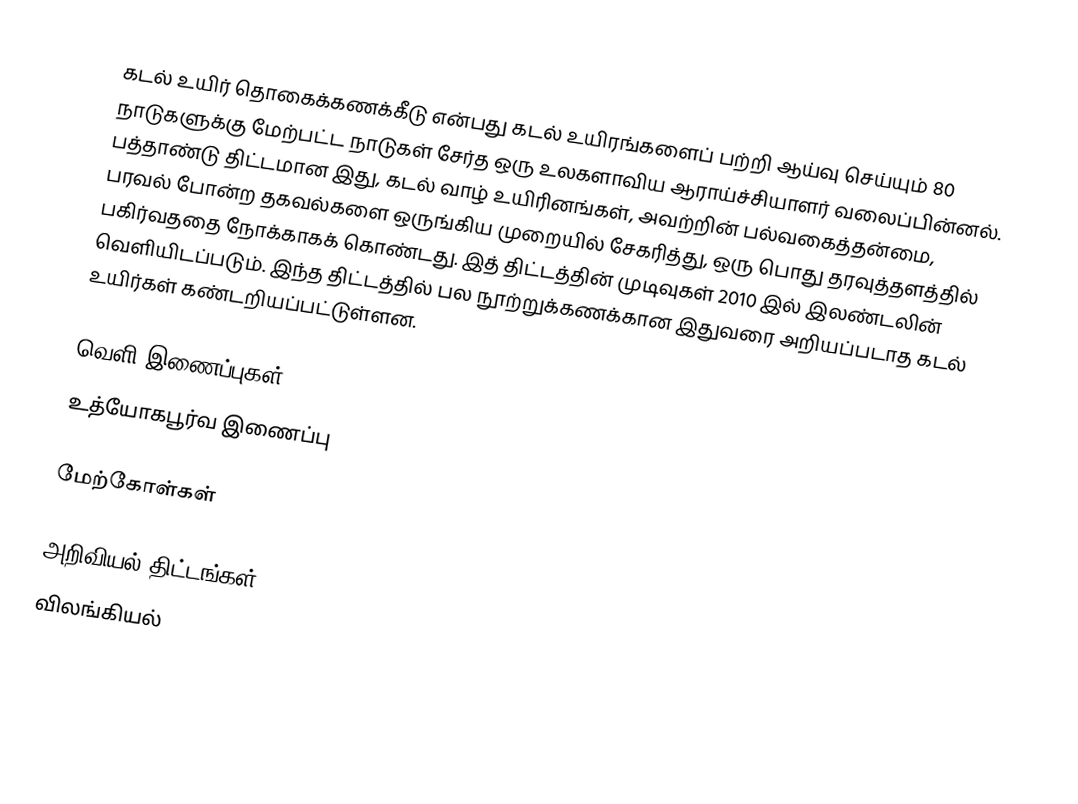
கடல் உயிர் தொகைக்கணக்கீடு என்பது கடல் உயிரங்களைப் பற்றி ஆய்வு செய்யும் 80 நாடுகளுக்கு மேற்பட்ட நாடுகள் சேர்த ஒரு உலகளாவிய ஆராய்ச்சியாளர் வலைப்பின்னல். பத்தாண்டு திட்டமான இது, கடல் வாழ் உயிரினங்கள், அவற்றின் பல்வகைத்தன்மை, பரவல் போன்ற தகவல்களை ஒருங்கிய முறையில் சேகரித்து, ஒரு பொது தரவுத்தளத்தில் பகிர்வததை நோக்காகக் கொண்டது. இத் திட்டத்தின் முடிவுகள் 2010 இல் இலண்டலின் வெளியிடப்படும். இந்த திட்டத்தில் பல நூற்றுக்கணக்கான இதுவரை அறியப்படாத கடல் உயிர்கள் கண்டறியப்பட்டுள்ளன.

வெளி இணைப்புகள்
 உத்யோகபூர்வ இணைப்பு

மேற்கோள்கள்

அறிவியல் திட்டங்கள்
விலங்கியல்